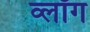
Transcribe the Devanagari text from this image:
व्लॉग